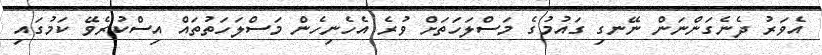
އެވަރު ދެނެގަންނަން ނޭނގި ގައުމުގެ މަސްލަހަތަށް ވުރެ އެހެނިހެން މަސްލަހަތުތައް އިސްކުރެވޭ ކަމުގައި